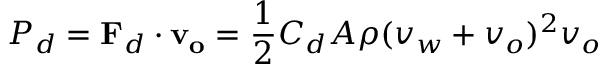
P _ { d } = \mathbf { F } _ { d } \cdot \mathbf { v _ { o } } = { \frac { 1 } { 2 } } C _ { d } A \rho ( v _ { w } + v _ { o } ) ^ { 2 } v _ { o }